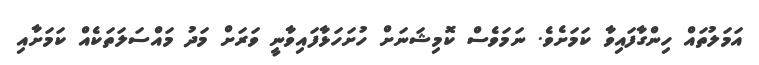
އަމަލުތައް ހިންގާފައިވާ ކަމަށެވެ. ނަމަވެސް ކޮމިޝަނަށް ހުށަހަޅާފައިވާނީ ވަރަށް މަދު މައްސަލަތަކެއް ކަމަށާއި